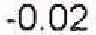
-0.02